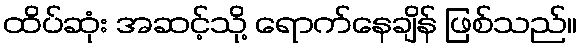
ထိပ်ဆုံး အဆင့်သို့ ရောက်နေချိန် ဖြစ်သည်။